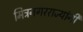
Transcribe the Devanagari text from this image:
मित्रनगरराज्यांनी